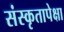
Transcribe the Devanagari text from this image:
संस्कृतापेक्षा